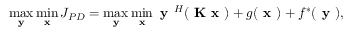
\operatorname* { m a x } _ { \textbf { y } } \operatorname* { m i n } _ { \textbf { x } } J _ { P D } = \operatorname* { m a x } _ { \textbf { y } } \operatorname* { m i n } _ { \textbf { x } } \textbf { y } ^ { H } ( \textbf { K x } ) + g ( \textbf { x } ) + f ^ { * } ( \textbf { y } ) ,